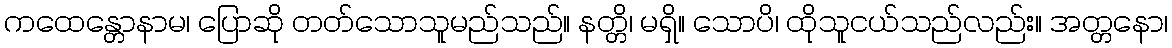
ကထေန္တောနာမ၊ ပြောဆို တတ်သောသူမည်သည်။ နတ္တိ၊ မရှိ။ သောပိ၊ ထိုသူငယ်သည်လည်း။ အတ္တနော၊